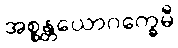
အစ္စန္တယောဂက္ခေမီ